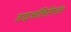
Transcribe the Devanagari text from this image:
डाइऑसिपिरॉस